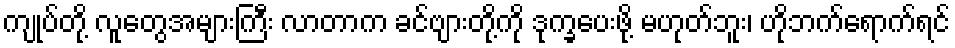
ကျုပ်တို့ လူတွေအများကြီး လာတာက ခင်ဗျားတို့ကို ဒုက္ခပေးဖို့ မဟုတ်ဘူး၊ ဟိုဘက်ရောက်ရင်